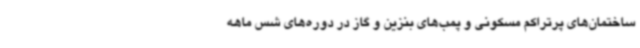
ساختمان‌های پرتراکم مسکونی و پمب‌های بنزین و گاز در دوره‌های شس ماهه